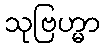
သုဗြဟ္မာ